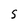
Character: S